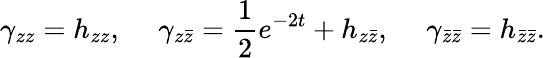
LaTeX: \gamma_{zz}=h_{zz},~~~~~\gamma_{z\bar{z}}={\frac{1}{2}}e^{-2t}+h_{z\bar{z}},~~~~~\gamma_{\bar{z}\bar{z}}=h_{\bar{z}\bar{z}}.